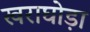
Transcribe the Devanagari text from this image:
खराघोड़ा